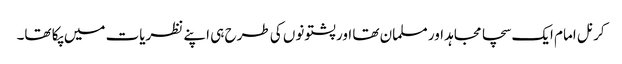
کرنل امام ایک سچا مجاہد اور مسلمان تھا اور پشتونوں کی طرح ہی اپنے نظریات میں پکا تھا۔